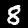
Digit: 8